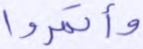
وأتمروا